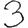
Digit: 3